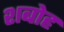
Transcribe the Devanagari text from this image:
शबोह